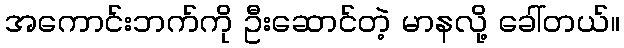
အကောင်းဘက်ကို ဦးဆောင်တဲ့ မာနလို့ ခေါ်တယ်။